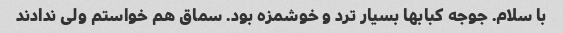
با سلام. جوجه کبابها بسیار ترد و خوشمزه بود. سماق هم خواستم ولی ندادند